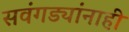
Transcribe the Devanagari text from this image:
सवंगड्यांनाही